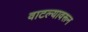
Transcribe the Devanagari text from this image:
वाटल्यावरून